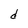
Character: d